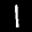
Label: 1